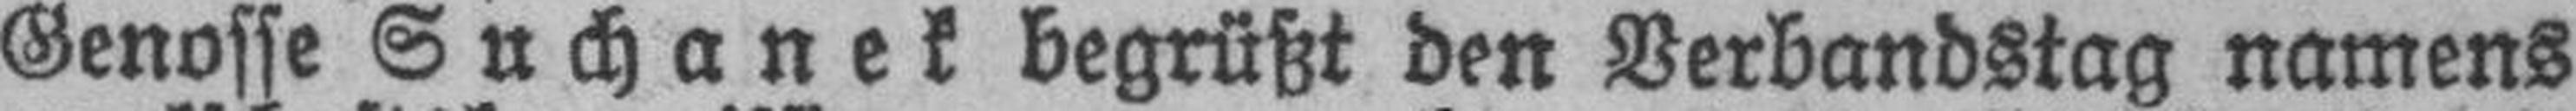
Genosse Suchanek begrüßt den Verbandstag namens